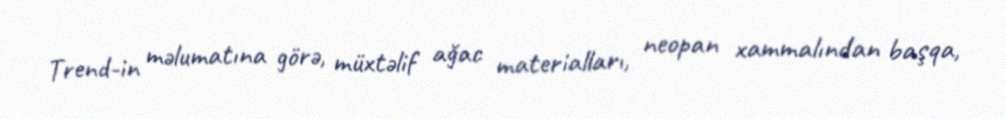
Trend-in məlumatına görə, müxtəlif ağac materialları, neopan xammalından başqa,